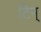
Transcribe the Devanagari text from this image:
टिम्